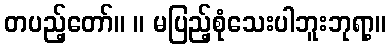
တပည့်တော်။ ။ မပြည့်စုံသေးပါဘူးဘုရာ့။